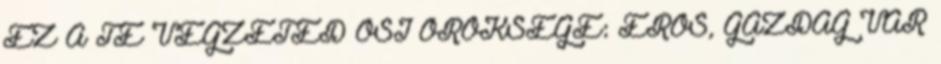
EZ A TE VÉGZETED ŐSI ÖRÖKSÉGE: ERŐS, GAZDAG VÁR